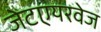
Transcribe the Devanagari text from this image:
जेटएयरवेज